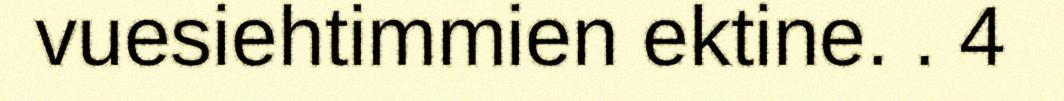
vuesiehtimmien ektine. . 4